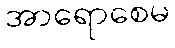
အာရောစေမ